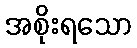
အစိုးရသော